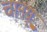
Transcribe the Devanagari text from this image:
चानग्रू